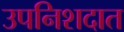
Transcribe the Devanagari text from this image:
उपनिशदात